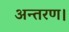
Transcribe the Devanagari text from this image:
अन्तरण।